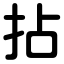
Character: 拈